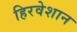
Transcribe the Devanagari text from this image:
हिरवेशान